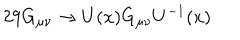
2 9 G _ { \mu \nu } \rightarrow U ( x ) G _ { \mu \nu } U ^ { - 1 } ( x )